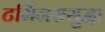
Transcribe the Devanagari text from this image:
टर्मिनससुद्धा